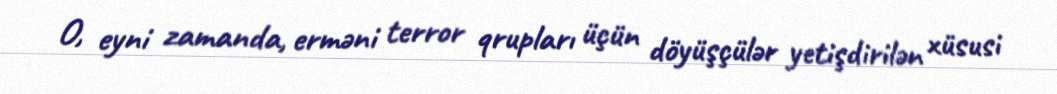
O, eyni zamanda, erməni terror qrupları üçün döyüşçülər yetişdirilən xüsusi